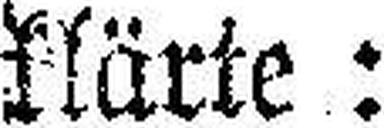
klärte :